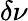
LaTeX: \delta\nu